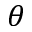
\boldsymbol { \theta }